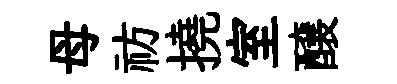
母祊撓室醸